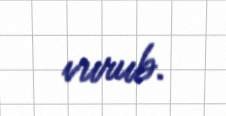
vurub.